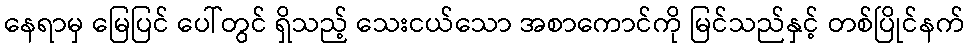
နေရာမှ မြေပြင် ပေါ်တွင် ရှိသည့် သေးငယ်သော အစာကောင်ကို မြင်သည်နှင့် တစ်ပြိုင်နက်